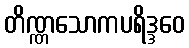
တိဏ္ဏသောကပရိဒ္ဒဝေ